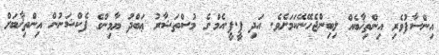
އިންސާފުވެރި އިންތިޚާބެއް ލިބިންޖެހޭނޭކަމަށެވެ. އަދި ޕީ.ޕީ.އެމް.ގެ މުސްތަޝާރު ޢަބްދު ޔާމިންގެ ފެކްޝަނުން އިންތިޚާބަށް